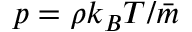
p = \rho k _ { B } T / \bar { m }